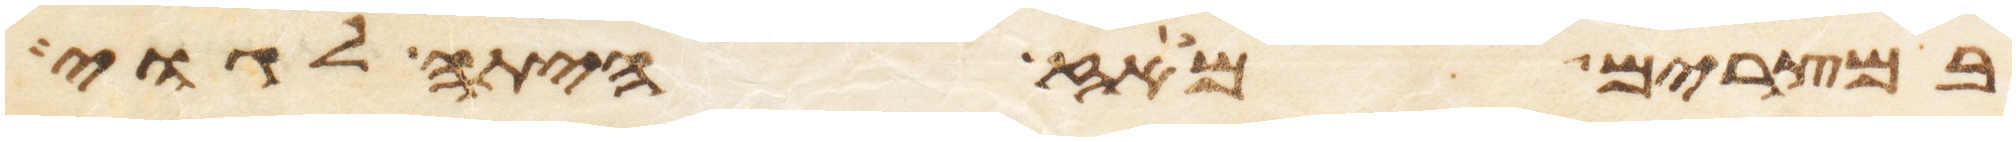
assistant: במצרים מאז היתה לגוי